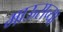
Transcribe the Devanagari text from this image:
माऊसच्या